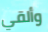
وألقي